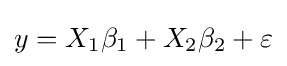
y=X_{1}\beta _{1}+X_{2}\beta _{2}+\varepsilon